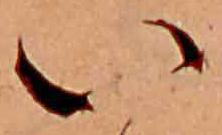
い